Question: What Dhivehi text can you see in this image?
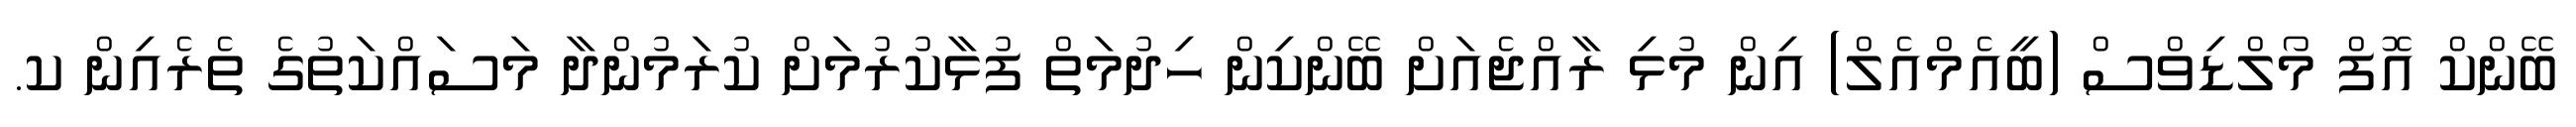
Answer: ބޭންކް އޮފް މޯލްޑިވްސް (ބީއެމްއެލް) އިން މުޅި ރާއްޖެއަށް ބޭންކިން ހިދުމަތް ފުޅާކުރުމަށް ކުރަމުންދާ މަސައްކަތުގެ ތެރެއިން ކ.